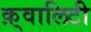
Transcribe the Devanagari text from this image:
क़्वालिटी